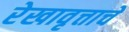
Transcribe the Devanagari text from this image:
रेखावृत्ताचे